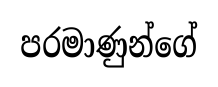
පරමාණුන්ගේ